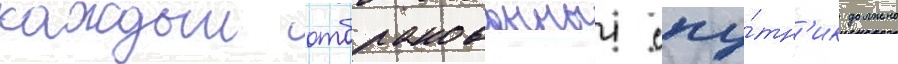
каждыи отбракованныи спу́тн'ик должно